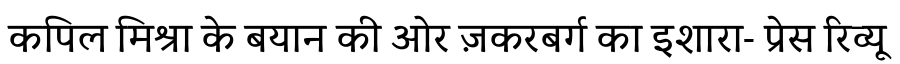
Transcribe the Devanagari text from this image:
कपिल मिश्रा के बयान की ओर ज़करबर्ग का इशारा- प्रेस रिव्यू